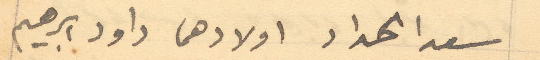
سعدا الحداد اولادهما داود ابراهيم